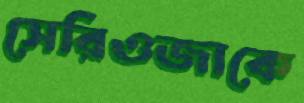
সেরিওজাকে